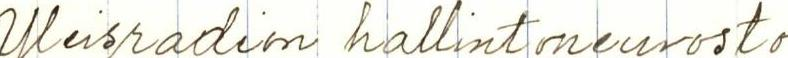
Yleisradion hallintoneuvosto